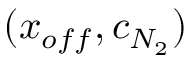
( x _ { o f f } , c _ { N _ { 2 } } )